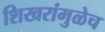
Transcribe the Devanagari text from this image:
शिखरांमुळेच